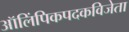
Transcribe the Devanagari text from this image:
ऑलिंपिकपदकविजेता